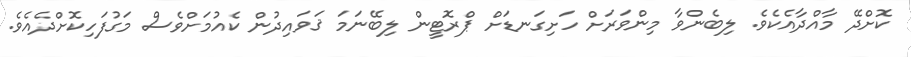
ކޮށްދޭ މާއްދާއެކެވެ. ލިބެންވާ މިންވަރަށް ހަށިގަނޑަށް ޕްރޮޓީން ލިބޭނަމަ ޤަވައިދުން ކެއުމަށްވެސް މަގުފަހިކޮށްދެއެވެ.